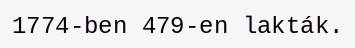
1774-ben 479-en lakták.